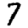
Digit: 7